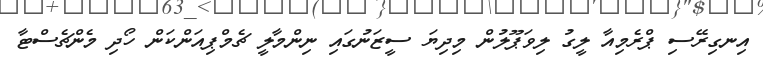
އިނގިރޭސި ޕްރެމިއާ ލީގު ލިވަޕޫލުން މިދިޔަ ސީޒަނުގައި ނިންމާލީ ޗެމްޕިއަންކަން ހޯދި މެންޗެސްޓާ